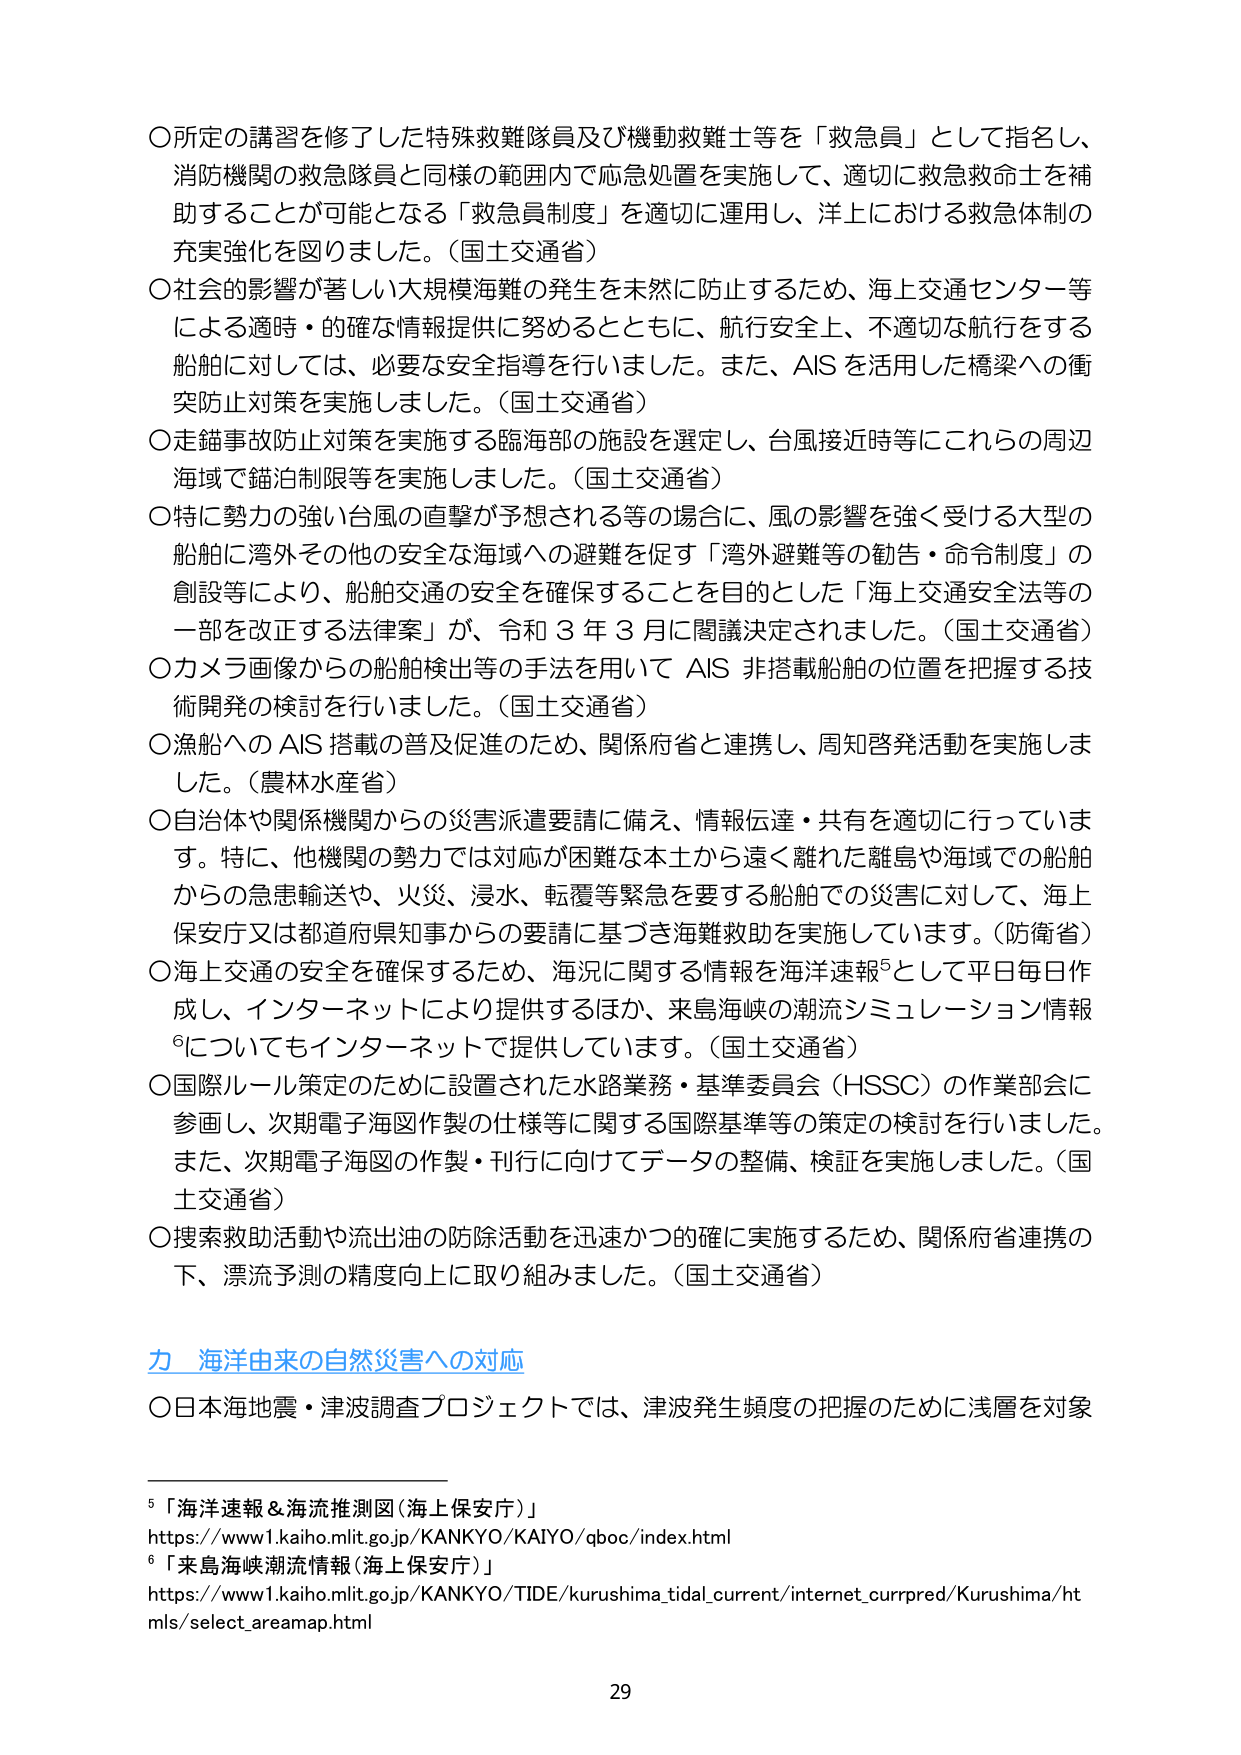
〇所定の講習を修了した特殊救難隊員及び機動救難士等を「救急員」として指名し、
消防機関の救急隊員と同様の範囲内で応急処置を実施して、適切に救急救命士を補
助することが可能となる「救急員制度」を適切に運用し、洋上における救急体制の
充実強化を図りました。（国土交通省）

〇社会的影響が著しい大規模海難の発生を未然に防止するため、海上交通センター等
による適時・的確な情報提供に努めるとともに、航行安全上、不適切な航行をする
船舶に対しては、必要な安全指導を行いました。また、AIS を活用した橋梁への衝
突防止対策を実施しました。（国土交通省）

〇走錨事故防止対策を実施する臨海部の施設を選定し、台風接近時等にこれらの周辺
海域で錨泊制限等を実施しました。（国土交通省）

〇特に勢力の強い台風の直撃が予想される等の場合に、風の影響を強く受ける大型の
船舶に湾外その他の安全な海域への避難を促す「湾外避難等の勧告・命令制度」の
創設等により、船舶交通の安全を確保することを目的とした「海上交通安全法等の
一部を改正する法律案」が、令和３年３月に閣議決定されました。（国土交通省）

〇カメラ画像からの船舶検出等の手法を用いて AIS 非搭載船舶の位置を把握する技
術開発の検討を行いました。（国土交通省）

〇漁船への AIS 搭載の普及促進のため、関係府省と連携し、周知啓発活動を実施しま
した。（農林水産省）

〇自治体や関係機関からの災害派遣要請に備え、情報伝達・共有を適切に行っていま
す。特に、他機関の勢力では対応が困難な本土から遠く離れた離島や海域での船舶
からの急患輸送や、火災、浸水、転覆等緊急を要する船舶での災害に対して、海上
保安庁又は都道府県知事からの要請に基づき海難救助を実施しています。（防衛省）

〇海上交通の安全を確保するため、海況に関する情報を海洋速報⁵として平日毎日作
成し、インターネットにより提供するほか、来島海峡の潮流シミュレーション情報
⁶についてもインターネットで提供しています。（国土交通省）

〇国際ルール策定のために設置された水路業務・基準委員会（HSSC）の作業部会に
参画し、次期電子海図作製の仕様等に関する国際基準等の策定の検討を行いました。
また、次期電子海図の作製・刊行に向けてデータの整備、検証を実施しました。（国
土交通省）

〇捜索救助活動や流出油の防除活動を迅速かつ的確に実施するため、関係府省連携の
下、漂流予測の精度向上に取り組みました。（国土交通省）

**力 海洋由来の自然災害への対応**

〇日本海地震・津波調査プロジェクトでは、津波発生頻度の把握のために浅層を対象

⁵「海洋速報＆海流推測図（海上保安庁）」
https://www1.kaiho.mlit.go.jp/KANKYO/KAiYO/qboc/index.html

⁶「来島海峡潮流情報（海上保安庁）」
https://www1.kaiho.mlit.go.jp/KANKYO/TIDE/kurushima_tidal_current/internet_currpred/Kurushima/htmls/select_areamap.html

29